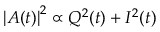
\left| A ( t ) \right| ^ { 2 } \propto Q ^ { 2 } ( t ) + I ^ { 2 } ( t )